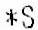
*S